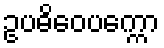
ဥပဓိဝေပက္ကော